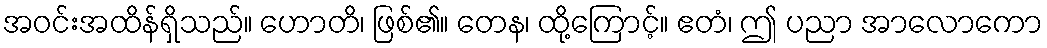
အဝင်းအထိန်ရှိသည်။ ဟောတိ၊ ဖြစ်၏။ တေန၊ ထို့ကြောင့်။ ဧတံ၊ ဤ ပညာ အာလောကော